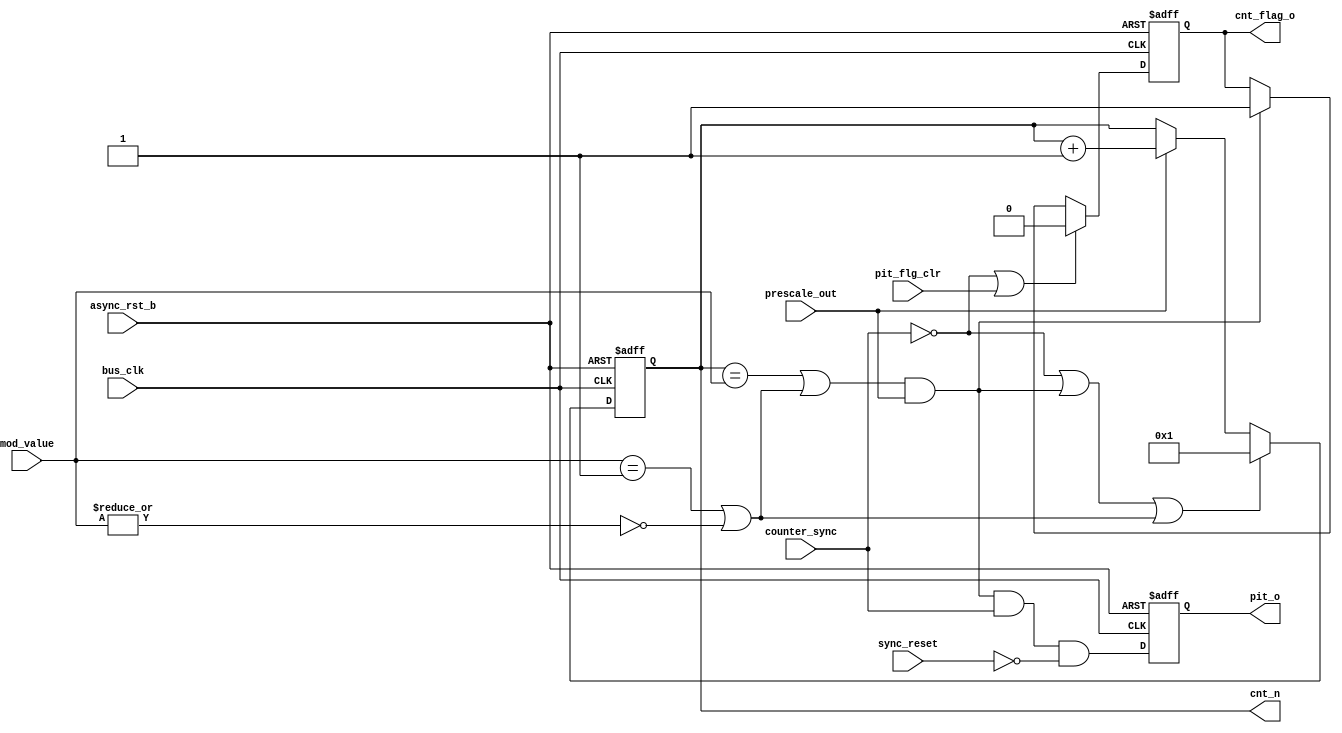
////////////////////////////////////////////////////////////////////////////////
//
//  Programable Interrupt Timer - Main Counter
//
//          rehayes@opencores.org
//
//  Downloaded from: http://www.opencores.org/projects/pit.....
//
////////////////////////////////////////////////////////////////////////////////
// Copyright (c) 2009, Robert Hayes
//
// All rights reserved.
//
// Redistribution and use in source and binary forms, with or without
// modification, are permitted provided that the following conditions are met:
//     * Redistributions of source code must retain the above copyright
//       notice, this list of conditions and the following disclaimer.
//     * Redistributions in binary form must reproduce the above copyright
//       notice, this list of conditions and the following disclaimer in the
//       documentation and/or other materials provided with the distribution.
//     * Neither the name of the <organization> nor the
//       names of its contributors may be used to endorse or promote products
//       derived from this software without specific prior written permission.
//
// THIS SOFTWARE IS PROVIDED BY Robert Hayes ''AS IS'' AND ANY
// EXPRESS OR IMPLIED WARRANTIES, INCLUDING, BUT NOT LIMITED TO, THE IMPLIED
// WARRANTIES OF MERCHANTABILITY AND FITNESS FOR A PARTICULAR PURPOSE ARE
// DISCLAIMED. IN NO EVENT SHALL Robert Hayes BE LIABLE FOR ANY
// DIRECT, INDIRECT, INCIDENTAL, SPECIAL, EXEMPLARY, OR CONSEQUENTIAL DAMAGES
// (INCLUDING, BUT NOT LIMITED TO, PROCUREMENT OF SUBSTITUTE GOODS OR SERVICES;
// LOSS OF USE, DATA, OR PROFITS; OR BUSINESS INTERRUPTION) HOWEVER CAUSED AND
// ON ANY THEORY OF LIABILITY, WHETHER IN CONTRACT, STRICT LIABILITY, OR TORT
// (INCLUDING NEGLIGENCE OR OTHERWISE) ARISING IN ANY WAY OUT OF THE USE OF THIS
// SOFTWARE, EVEN IF ADVISED OF THE POSSIBILITY OF SUCH DAMAGE.
////////////////////////////////////////////////////////////////////////////////
// 45678901234567890123456789012345678901234567890123456789012345678901234567890

module pit_count #(parameter COUNT_SIZE = 16)
  (
  output reg [COUNT_SIZE-1:0] cnt_n,         // Modulo Counter value
  output reg                  cnt_flag_o,    // Counter Rollover Flag
  output reg                  pit_o,         // PIT output pulse
  input                       async_rst_b,   //
  input                       sync_reset,    // Syncronous reset signal
  input                       bus_clk,       // Reference Clock
  input                       counter_sync,  // Syncronous counter enable
  input                       prescale_out,  // Increment Counter
  input                       pit_flg_clr,   // Clear PIT Rollover Flag
  input      [COUNT_SIZE-1:0] mod_value      // Count Divisor
  );

// Warning: This counter has no saftynet if the mod_value changes while the counter
//           is active. There may need to be an addtional latch register for
//           "mod_value" that captures on the falling edge of "counter_sync" or
//           when "cnt_n" rolls over to eliminate this problem.


wire rollover;      // Counter has reached the mod_value
wire no_div;        // Modulo set for Zero or One
wire clear_counter; // Set counter to initial state

assign no_div = (mod_value == 1) || ~|mod_value;

assign rollover = ((cnt_n == mod_value) || no_div) && prescale_out;

assign clear_counter = !counter_sync;

//  Div N Counter
always @(posedge bus_clk or negedge async_rst_b)
  if ( !async_rst_b )
    cnt_n  <= 1;
  else if ( clear_counter || rollover || no_div)
    cnt_n  <= 1;
  else if ( prescale_out )
    cnt_n  <= cnt_n + 1;

//  Counter Rollover Flag and Interrupt
always @(posedge bus_clk or negedge async_rst_b)
  if ( !async_rst_b )
    cnt_flag_o <= 0;
  else if ( clear_counter || pit_flg_clr)
    cnt_flag_o <= 0;
  else if ( rollover )
    cnt_flag_o <= 1;

//  PIT Output Register
always @(posedge bus_clk or negedge async_rst_b)
  if ( !async_rst_b )
    pit_o <= 0;
  else
    pit_o <= rollover && counter_sync && !sync_reset;

endmodule  // pit_count